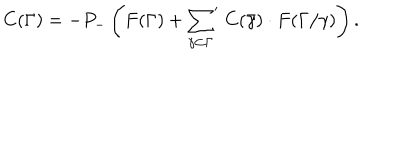
LaTeX: C ( \Gamma ) = - P _ { - } \left( F ( \Gamma ) + { \sum _ { \gamma \subset \Gamma } } ^ { \prime } \; C ( \bar { \gamma } ) \cdot F ( \Gamma / \gamma ) \right) .